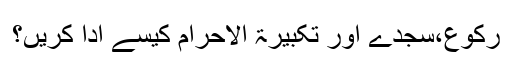
رکوع،سجدے اور تکبیرۃ الاحرام کیسے ادا کریں؟